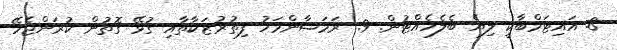
8. އައިޓަމްބާކީ ލިޔެ ބެލެހެއްޓުން. 9. ރަމަޟާންމަހު ފިތުރުޒަކާތާއި ގުޅޭ ގޮތުން ކުރަންޖެހޭ